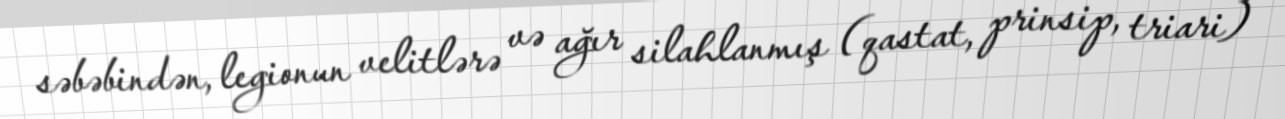
səbəbindən, legionun velitlərə və ağır silahlanmış (qastat, prinsip, triari)